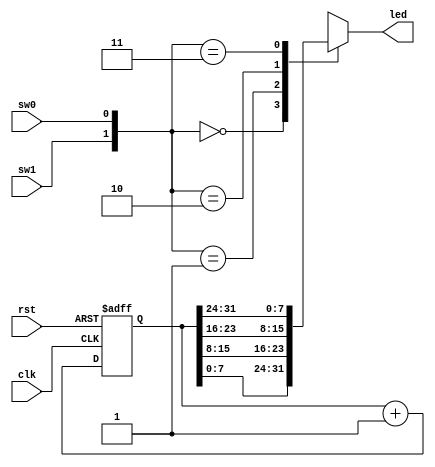
// Justin Maeder;		015906629
// CECS 201
// Counter 32 
// November 2, 2017

`timescale 1ns / 1ns

module counter32(clk, rst, led, sw1, sw0);
input sw1, sw0;
output reg [7:0] led;

input clk, rst;

reg [31:0] Q;

always @ (posedge clk, posedge rst)
	if (rst)  Q <= 32'b0;
	else		 Q <= Q + 32'b1;

	always @(*)
	case({sw1, sw0})
	2'b00 : led = Q [7:0];
	2'b01 : led = Q [15:8];
	2'b10 : led = Q [23:16];
	2'b11 : led = Q [31:24];
	endcase

endmodule